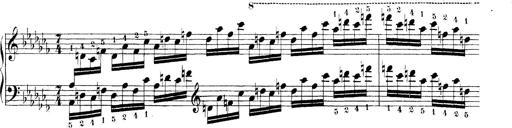
Title: Technische Studien
Composer: Franz Liszt